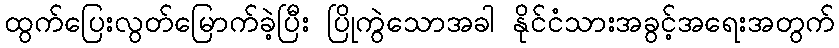
ထွက်ပြေးလွတ်မြောက်ခဲ့ပြီး ပြိုကွဲသောအခါ နိုင်ငံသားအခွင့်အရေးအတွက်